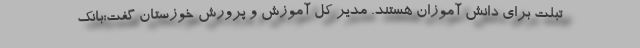
تبلت برای دانش آموزان هستند. مدیر کل آموزش و پرورش خوزستان گفت:بانک